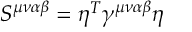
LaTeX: S ^ { \mu \nu \alpha \beta } = \eta ^ { T } \gamma ^ { \mu \nu \alpha \beta } \eta